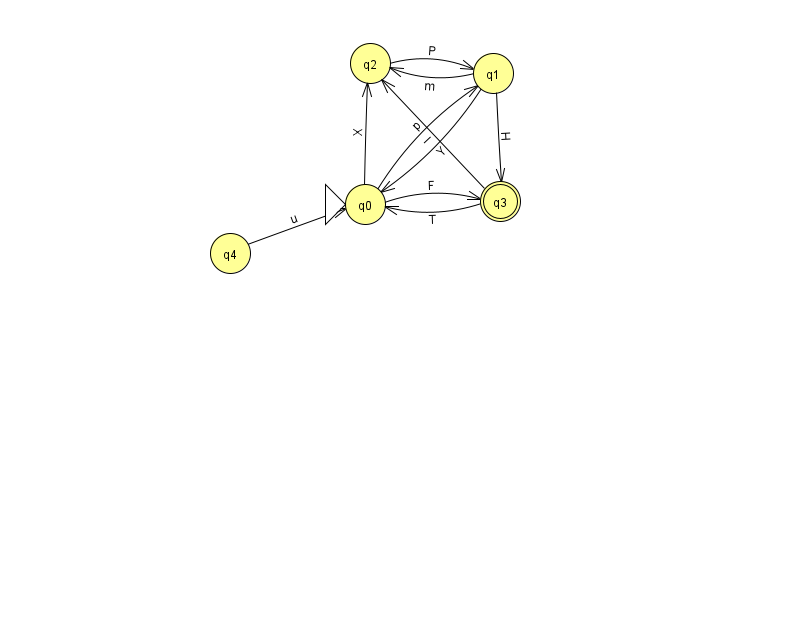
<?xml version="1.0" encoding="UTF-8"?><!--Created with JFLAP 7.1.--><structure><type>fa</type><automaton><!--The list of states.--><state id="0" name="q0"><x>365.0</x><y>191.0</y><initial/></state><state id="1" name="q1"><x>493.0</x><y>60.0</y></state><state id="2" name="q2"><x>370.0</x><y>50.0</y></state><state id="3" name="q3"><x>500.0</x><y>188.0</y><final/></state><state id="4" name="q4"><x>230.0</x><y>240.0</y></state><!--The list of transitions.--><transition><from>3</from><to>2</to><read>I</read></transition><transition><from>1</from><to>0</to><read>Y</read></transition><transition><from>1</from><to>2</to><read>m</read></transition><transition><from>1</from><to>3</to><read>H</read></transition><transition><from>3</from><to>0</to><read>T</read></transition><transition><from>2</from><to>1</to><read>P</read></transition><transition><from>0</from><to>3</to><read>F</read></transition><transition><from>0</from><to>1</to><read>p</read></transition><transition><from>4</from><to>0</to><read>u</read></transition><transition><from>0</from><to>2</to><read>X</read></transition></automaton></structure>